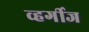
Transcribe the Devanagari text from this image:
व्हर्गीज